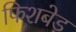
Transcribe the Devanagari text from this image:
फिशबेड